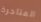
المتاجرة